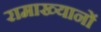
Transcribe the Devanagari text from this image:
रामाख्यानों